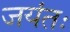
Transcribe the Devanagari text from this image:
जयंतः